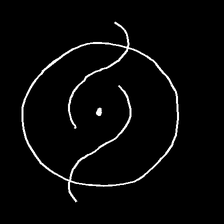
Glyph: repetition